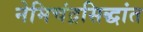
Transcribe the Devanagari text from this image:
नेमिचंद्रसिद्धांत